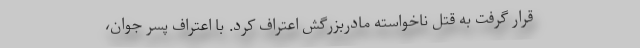
قرار گرفت به قتل ناخواسته مادربزرگش اعتراف کرد. با اعتراف پسر جوان،